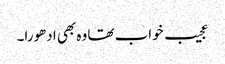
عجیب خواب تھا وہ بھی ادھورا۔